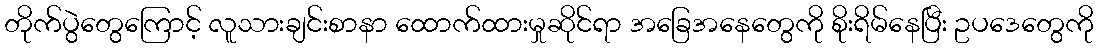
တိုက်ပွဲတွေကြောင့် လူသားချင်းစာနာ ထောက်ထားမှုဆိုင်ရာ အခြေအနေတွေကို စိုးရိမ်နေပြီး ဥပဒေတွေကို